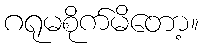
ဂရုမစိုက်မိတော့။